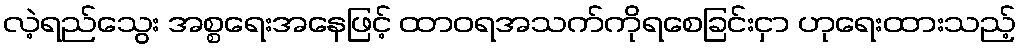
လဲ့ရည်သွေး အစ္စရေးအနေဖြင့် ထာဝရအသက်ကိုရစေခြင်းငှာ ဟုရေးထားသည့်